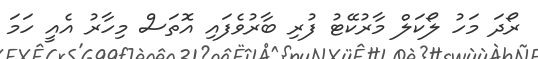
ރޯދަ މަހު ލޯކަލް މާރުކޭޓު ފުރި ބާރުވެފައި އޮތަސް މިހާރު އެއީ ހަމަ